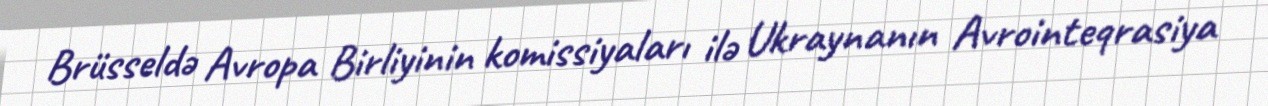
Brüsseldə Avropa Birliyinin komissiyaları ilə Ukraynanın Avrointeqrasiya